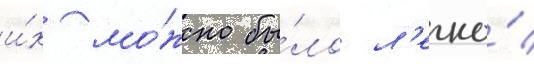
и́х мо́жно бы́ло л'егко́